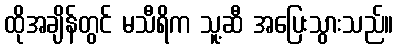
ထိုအချိန်တွင် မသီရိက သူ့ဆီ အပြေးသွားသည်။